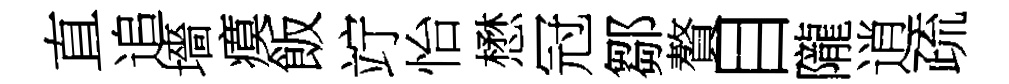
直追墻瘼飯竚怡懋冠鄒贅目隴逍疏